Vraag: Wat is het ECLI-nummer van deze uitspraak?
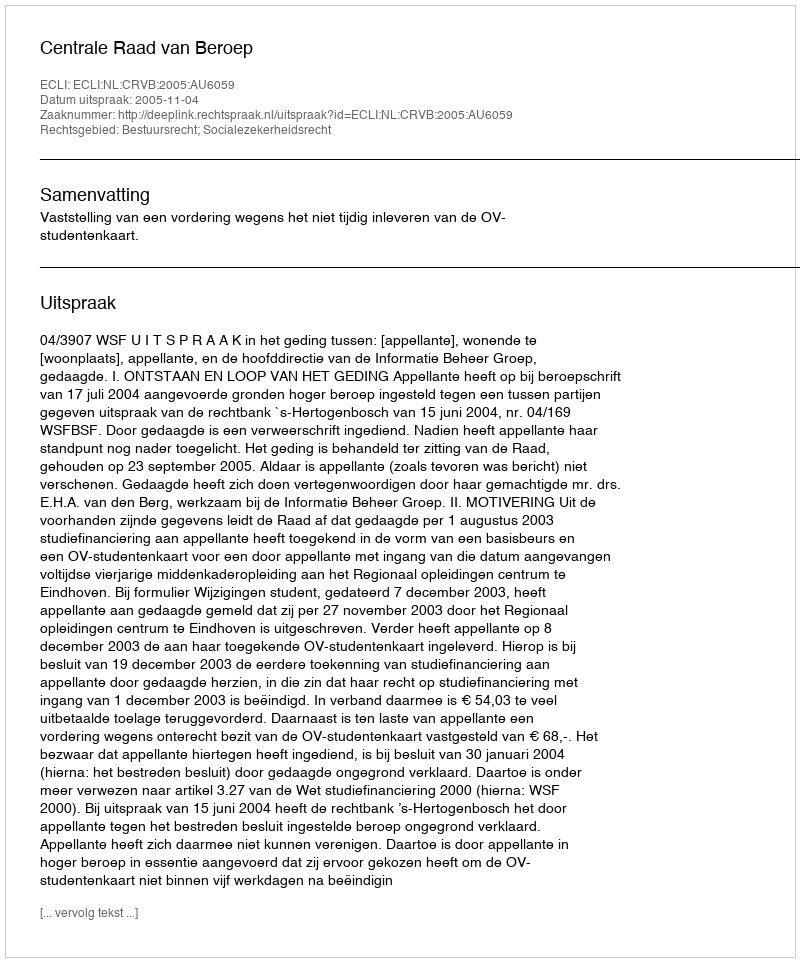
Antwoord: ECLI:NL:CRVB:2005:AU6059